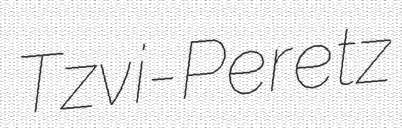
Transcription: Tzvi-Peretz